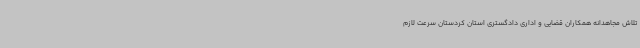
تلاش مجاهدانه همکاران قضایی و اداری دادگستری استان کردستان سرعت لازم